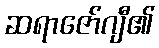
ဆရာဇော်ဂျီ၏